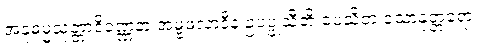
အနုဓမ္မသုတ္တာဒိဝဏ္ဏနာ အမ္ဗဖလာဒီနံ ဥပပ္ဖုသီတိ ပေသိတံ သောနုတ္တရော